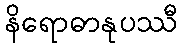
နိရောဓာနုပဿီ